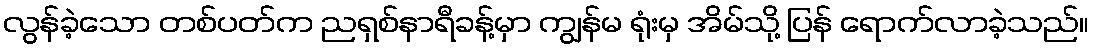
လွန်ခဲ့သော တစ်ပတ်က ညရှစ်နာရီခန့်မှာ ကျွန်မ ရုံးမှ အိမ်သို့ ပြန် ရောက်လာခဲ့သည်။